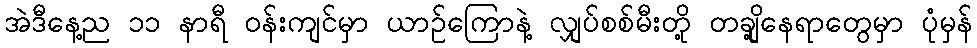
အဲဒီနေ့ည ၁၁ နာရီ ဝန်းကျင်မှာ ယာဉ်ကြောနဲ့ လျှပ်စစ်မီးတို့ တချို့နေရာတွေမှာ ပုံမှန်